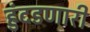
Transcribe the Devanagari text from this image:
हुंदडणारी